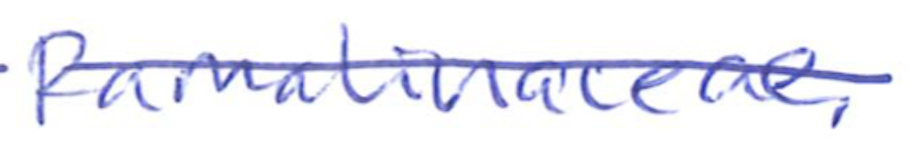
Text: Ramalinaceae.
Cross-out: single-line
Writing tool: ballpoint